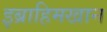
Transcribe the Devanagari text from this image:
इब्राहिमखान